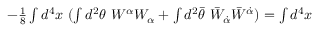
- \textstyle { \frac { 1 } { 8 } } \int d ^ { 4 } x ~ ( \int d ^ { 2 } \theta ~ W ^ { \alpha } W _ { \alpha } + \int d ^ { 2 } \bar { \theta } ~ \bar { W } _ { \dot { \alpha } } \bar { W } ^ { \dot { \alpha } } ) = \int d ^ { 4 } x ~